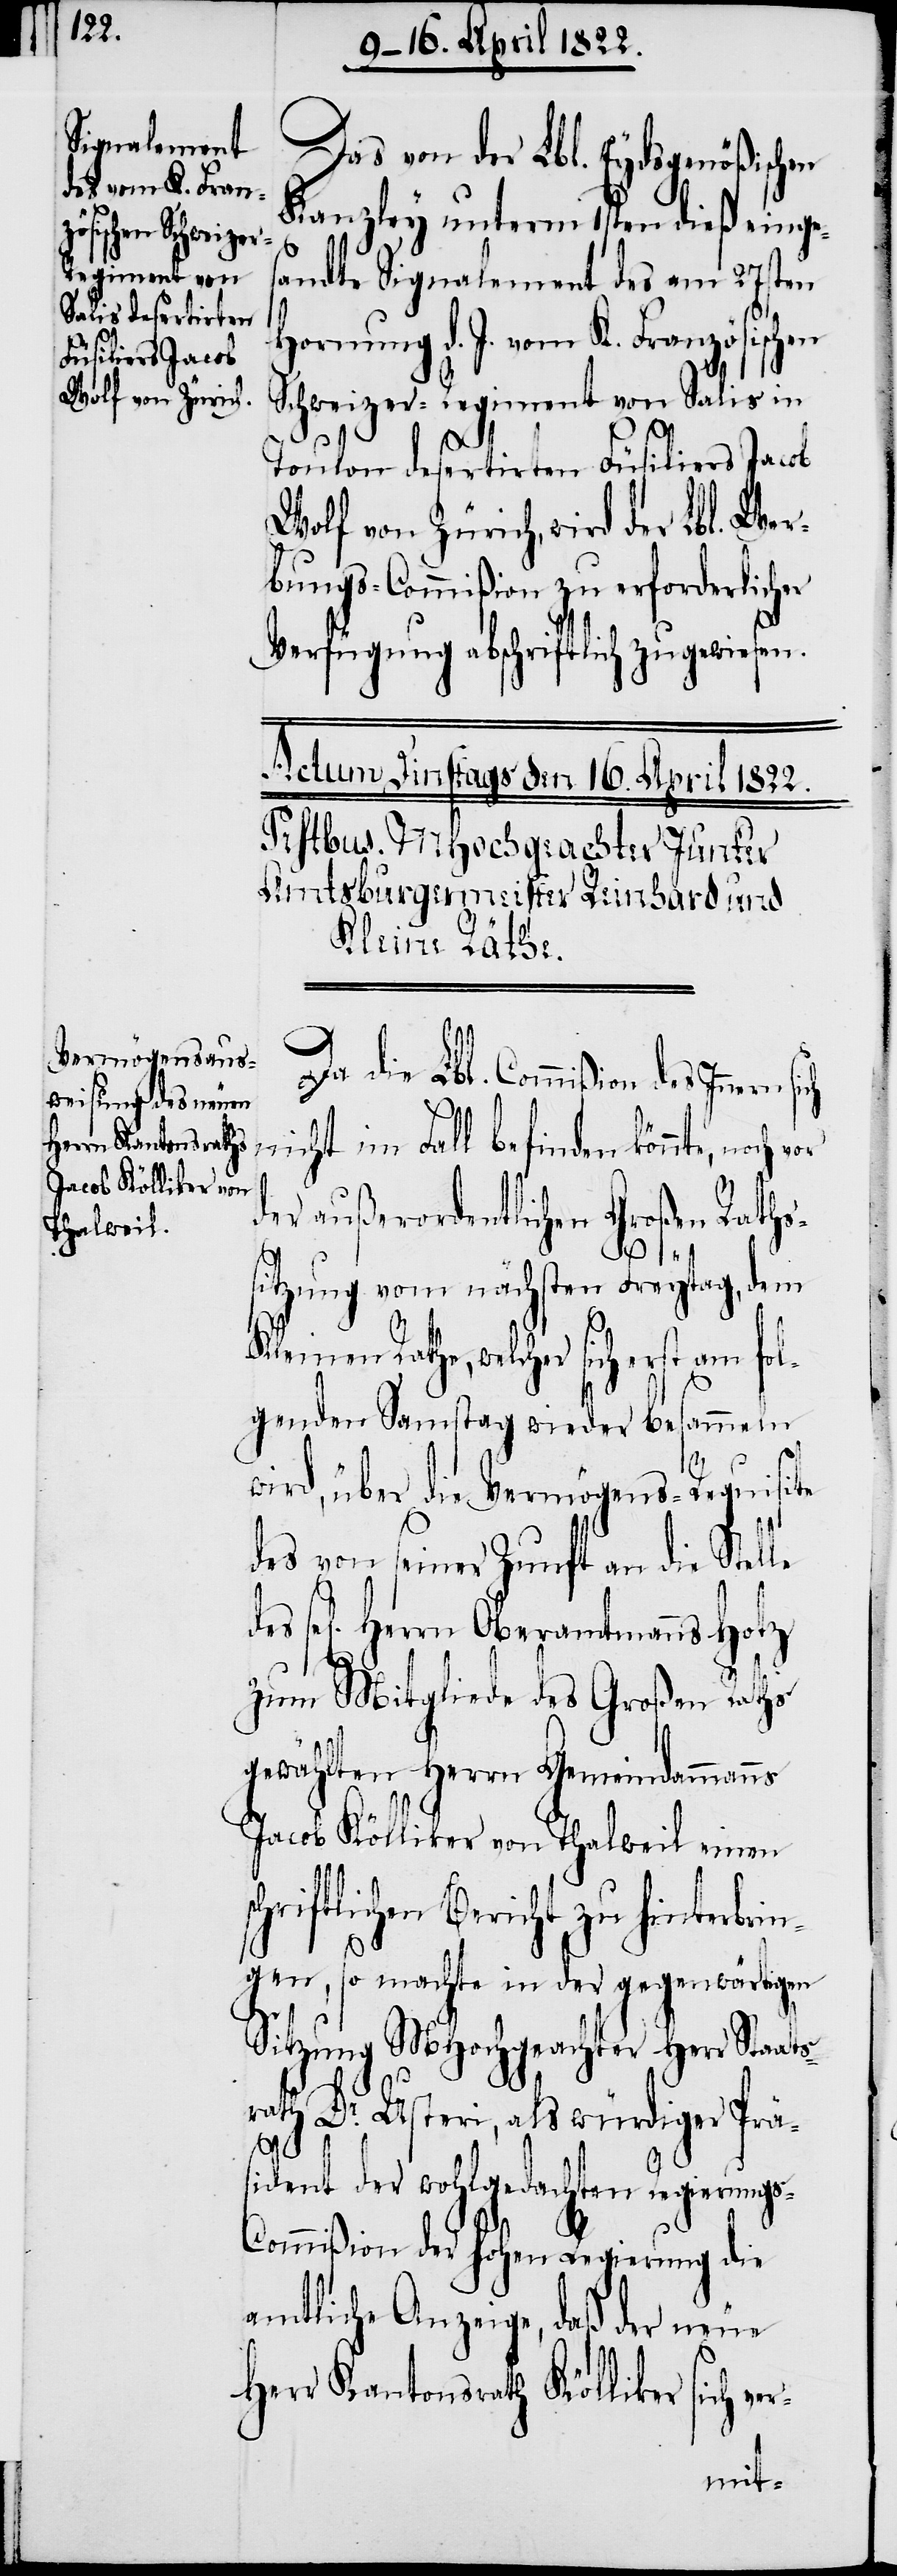
Das von der Lb. Eydsgenößischen
Kanzley unterm 1sten dieß einge¬
sandte Signalement des am 27sten
Hornung d. J. vom K. Französischen
Schweizer-Regiment Salis in
rlicher
Toulon desertirten Füsiliers Jacob
Wolf von Zürich, wird der Lbl. Wer¬
le des sel[ig¬
Verfügung abschriftlich zugewiesen.
Da die Lbl. Commißion des Innern
nicht im Fall befinden könnte, noch
der außerordentlichen Großen Raths¬
r-
sitzung vom nächsten Freytag, dem
Kleinen Rathe, welcher sich erst am fol¬
genden Samstag wieder besammeln
sc¬
wird, über die Vermögens-Requisite
des von seiner Zunft an die Stel¬
en] Herrn Oberamtmanns Holz
zum Mitgliede des Großen Raths
gewählten Herrn Gemeindammanns
Jacob Kölliker von Thalweil einen
hriftlichen Bericht zu hinterbr¬
ingen, so machte in der gegenwärtigen
Sitzung MHochgeachter Herr Staats¬
rath Dr. Usteri, als würdiger Prä¬
sident der wohlgedachten Regierung¬
s-Commißion der hohen Regierung die
amtliche Anzeige, daß der neue
Herr Kantonsrath Kölliker sich ve¬